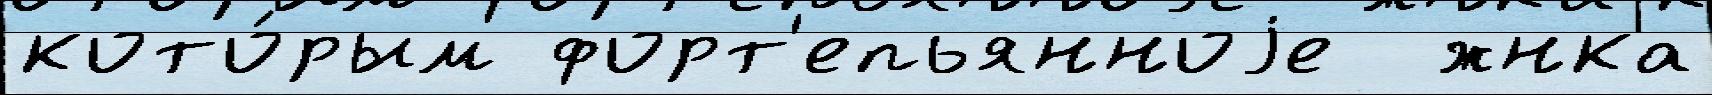
кото́рым форт'епьянноjе  жнка